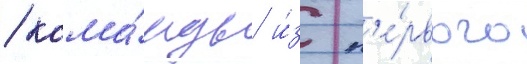
/ кома́нды и́з п'е́рвого